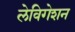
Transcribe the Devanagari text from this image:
लेविगेशन